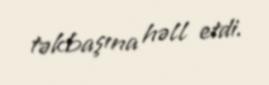
təkbaşına həll etdi.